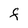
Character: F